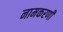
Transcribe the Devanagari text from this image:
नामकरणी